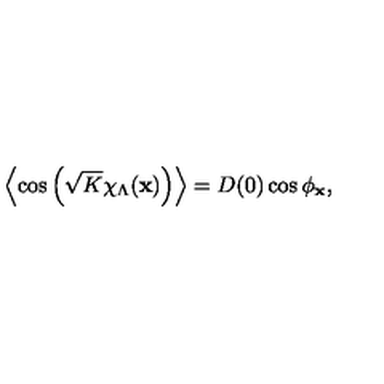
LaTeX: \left< \cos \left( \sqrt { K } \chi _ { \Lambda } ( { \bf x } ) \right) \right> = D ( 0 ) \cos \phi _ { \bf x } ,